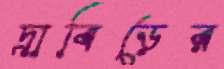
দ্রাবিড়ের